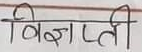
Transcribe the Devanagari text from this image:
विज्ञप्ति